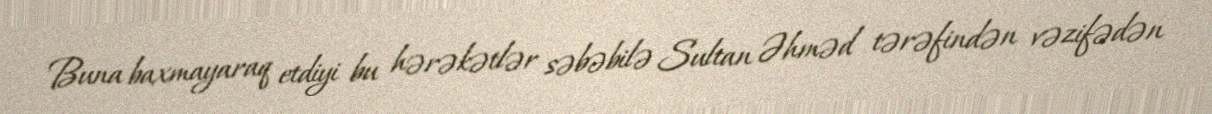
Buna baxmayaraq etdiyi bu hərəkətlər səbəbilə Sultan Əhməd tərəfindən vəzifədən